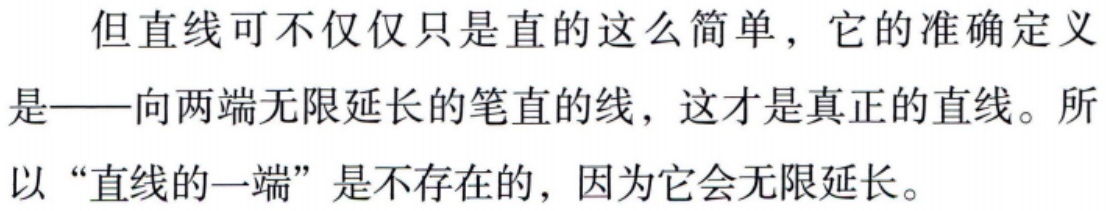
但直线可不仅仅只是直的这么简单，它的准确定义是——向两端无限延长的笔直的线，这才是真正的直线。所以“直线的一端”是不存在的，因为它会无限延长。